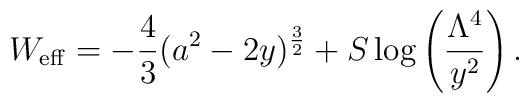
W_{\mathrm{eff}} = -\frac{4}{3} (a^2 - 2 y)^{\frac{3}{2}} + S \log \left (\frac{\Lambda^4}{y^2} \right ).